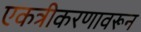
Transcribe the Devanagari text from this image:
एकत्रीकरणावरून